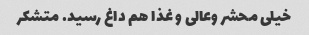
خیلی محشر وعالی و غذا هم داغ رسید. متشکر